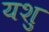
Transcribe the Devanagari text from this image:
यशु